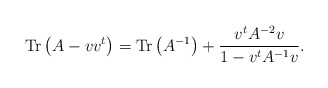
\begin{align*}{\rm Tr}\left(A-vv^t\right)= {\rm Tr}\left(A^{-1}\right)+ \frac{v^tA^{-2}v}{1-v^tA^{-1}v}. \end{align*}